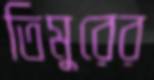
তিমুরের